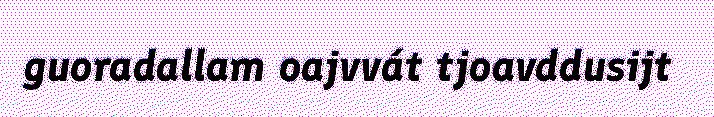
guoradallam oajvvát tjoavddusijt